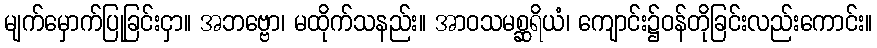
မျက်မှောက်ပြုခြင်းငှာ။ အဘဗ္ဗော၊ မထိုက်သနည်း။ အာဝသမစ္ဆရိယံ၊ ကျောင်း၌ဝန်တိုခြင်းလည်းကောင်း။